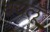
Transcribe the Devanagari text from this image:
घरालूँ